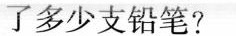
了多少支铅笔?